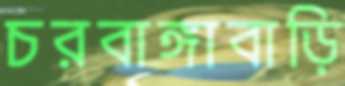
চরবাঙ্গাবাড়ি